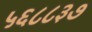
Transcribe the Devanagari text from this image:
५६८८३७